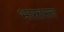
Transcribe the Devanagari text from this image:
भारतरात